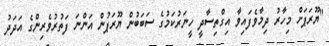
"ޔޫރަޕަށް މިހާރު ދިމާވެފައިވާ އިގްތިސާދީ ހީނަރުކަމުގެ ސަބަބުން ޔޫރަޕުން އަންނަ ފަތުރުވެރިންގެ އަދަދު